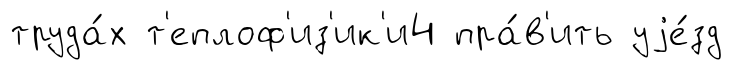
труда́х т'еплоф'из'ик'и4 пра́в'ить уjе́зд